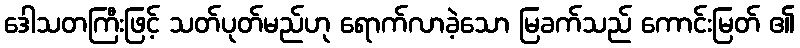
ဒေါသတကြီးဖြင့် သတ်ပုတ်မည်ဟု ရောက်လာခဲ့သော မြခက်သည် ကောင်းမြတ် ၏